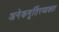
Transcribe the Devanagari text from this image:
अनेकमूर्तिरव्यक्तः